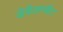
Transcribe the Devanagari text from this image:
डेवैलप्मैंट